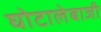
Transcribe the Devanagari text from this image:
घोटालेबाजी